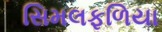
સિમલફળિયા